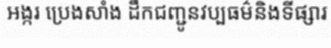
អង្ករ ប្រេងសាំង ដឹកជញ្ជូនវប្បធម៌និងទីផ្សារ